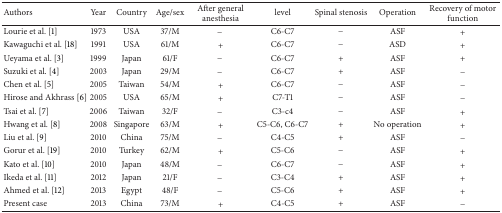
| Authors | Year | Country | Age/sex | After general anesthesia | level | Spinal stenosis | Operation | Recovery of motor function |
 | --- | --- | --- | --- | --- | --- | --- | --- | --- |
 | Lourie et al. [1] | 1973 | USA | 37/M | − | C6-C7 | − | ASF | + |
 | Kawaguchi et al. [18] | 1991 | USA | 61/M | + | C6-C7 | − | ASD | + |
 | Ueyama et al. [3] | 1999 | Japan | 61/F | − | C6-C7 | + | ASF | + |
 | Suzuki et al. [4] | 2003 | Japan | 29/M | − | C6-C7 | + | ASF | − |
 | Chen et al. [5] | 2005 | Taiwan | 54/M | + | C6-C7 | − | ASF | − |
 | Hirose and Akhrass [6] | 2005 | USA | 65/M | + | C7-T1 | − | ASF | − |
 | Tsai et al. [7] | 2006 | Taiwan | 32/F | − | C3-c4 | − | ASF | + |
 | Hwang et al. [8] | 2008 | Singapore | 63/M | + | C5-C6, C6-C7 | + | No operation | + |
 | Liu et al. [9] | 2010 | China | 75/M | − | C4-C5 | + | ASF | − |
 | Gorur et al. [19] | 2010 | Turkey | 62/M | + | C5-C6 | − | ASF | + |
 | Kato et al. [10] | 2010 | Japan | 48/M | − | C6-C7 | − | ASF | + |
 | Ikeda et al. [11] | 2012 | Japan | 21/F | − | C3-C4 | + | ASF | + |
 | Ahmed et al. [12] | 2013 | Egypt | 48/F | − | C5-C6 | + | ASF | + |
 | Present case | 2013 | China | 73/M | + | C4-C5 | + | ASF | − |